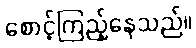
စောင့်ကြည့်နေသည်။